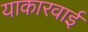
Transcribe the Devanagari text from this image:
याकारवाई